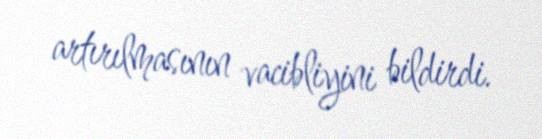
artırılmasının vacibliyini bildirdi.